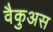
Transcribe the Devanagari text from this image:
वैकुअस